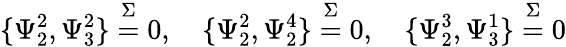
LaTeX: \{ \Psi_{2}^{2},\Psi_{3}^{2}\} \stackrel{\Sigma}{=}0,~~~~\{ \Psi_{2}^{2},\Psi_{2}^{4}\} \stackrel{\Sigma}{=}0,~~~~\{ \Psi_{2}^{3},\Psi_{3}^{1}\} \stackrel{\Sigma}{=}0